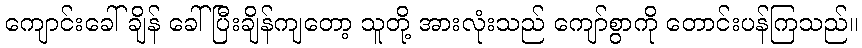
ကျောင်းခေါ်ချိန် ခေါ်ပြီးချိန်ကျတော့ သူတို့ အားလုံးသည် ကျော်စွာကို တောင်းပန်ကြသည်။